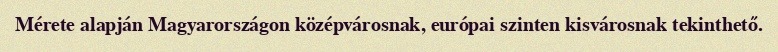
Mérete alapján Magyarországon középvárosnak, európai szinten kisvárosnak tekinthető.